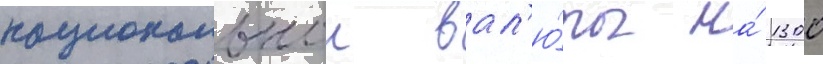
национальнои вал'ю́ты на́ 1300